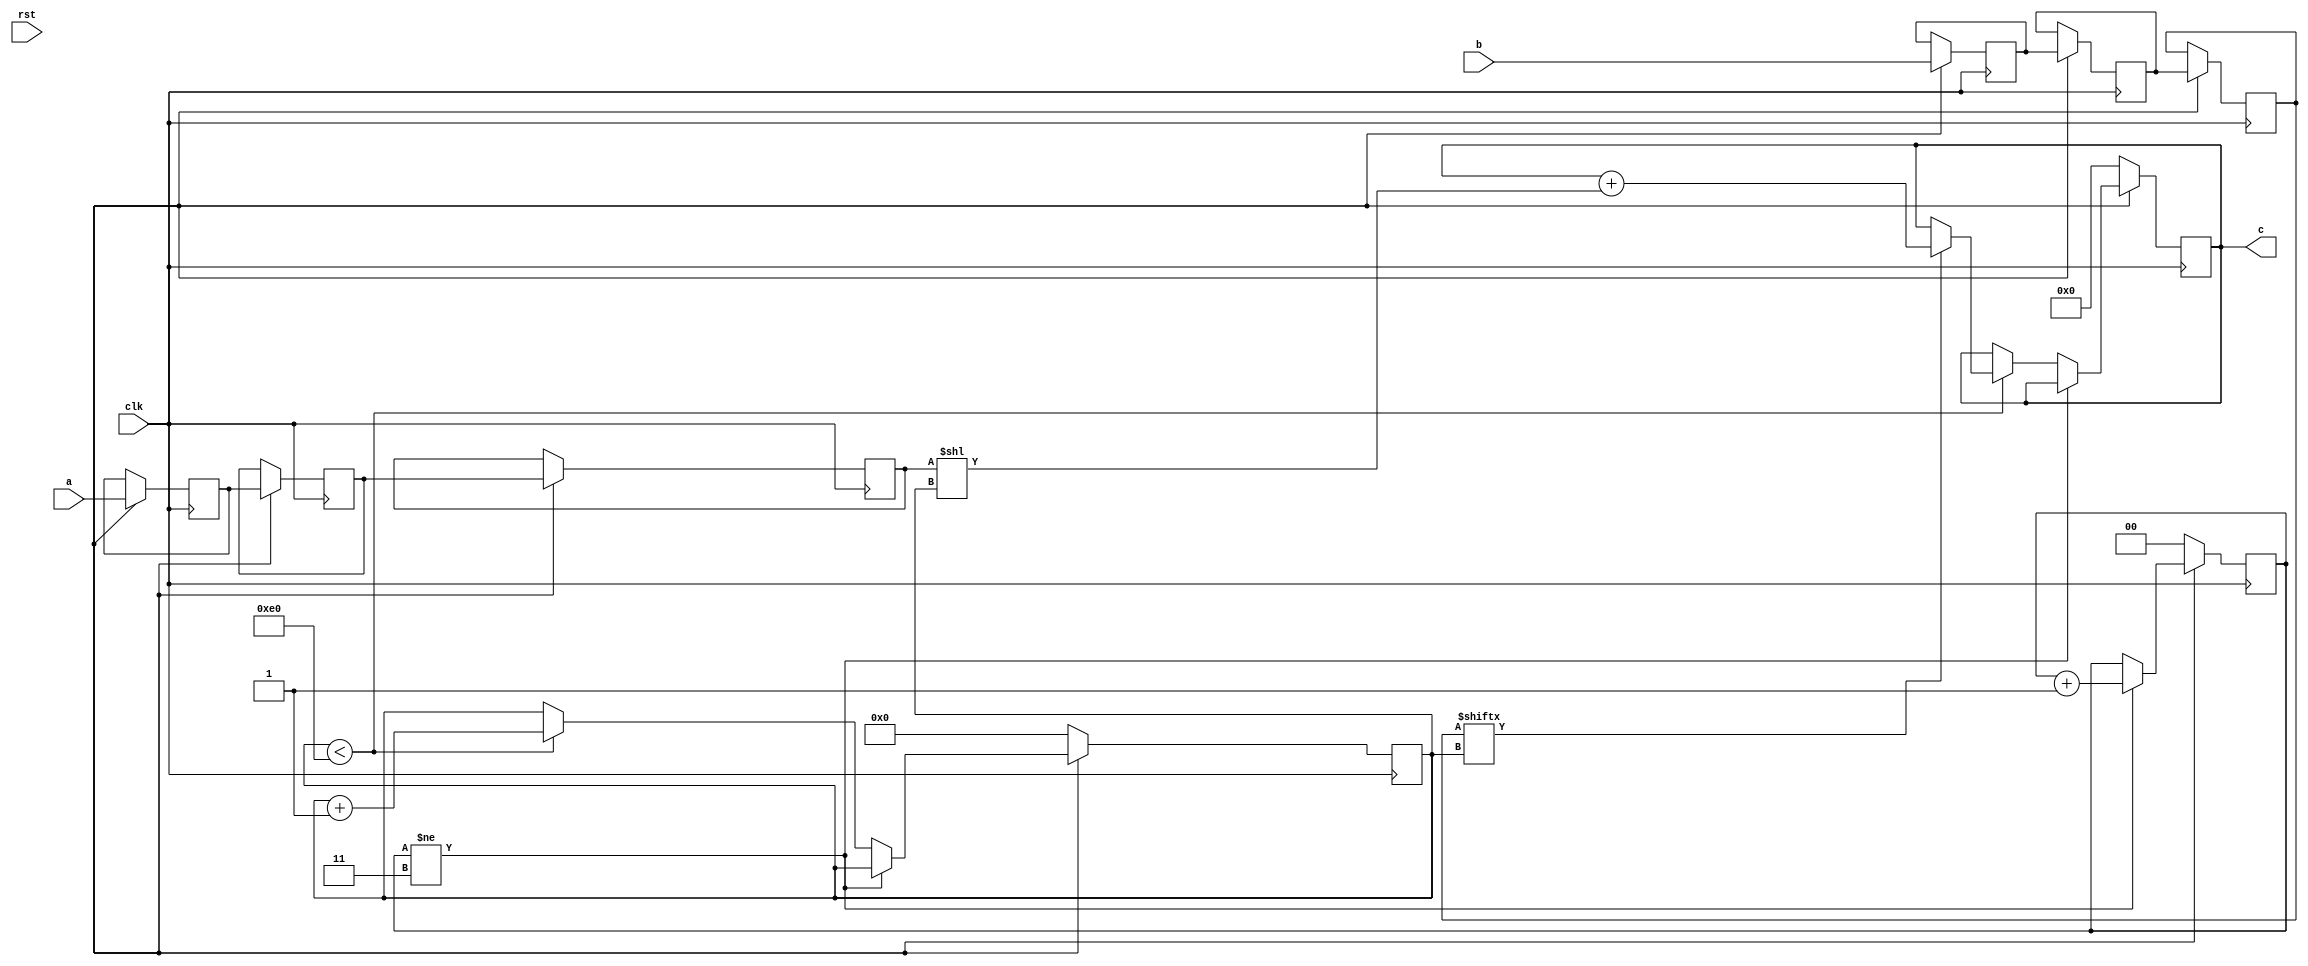
module schoolbook(clk, rst, a, b, c);
input clk;
input rst;
input [223:0] a;
input [223:0] b;
output reg [447:0] c;

reg [223:0] a_temp_3;
reg [223:0] b_temp_3;
reg [223:0] a_temp_2;
reg [223:0] b_temp_2;
reg [223:0] a_temp_1;
reg [223:0] b_temp_1;

reg  [7:0] count;
reg  [1:0] skip;

always @(posedge clk) begin
	if (rst_n == 1'b0) begin
		c <= 448'd0;
		count <= 8'd0;
		skip <= 2'd0;
	end
	else begin
		a_temp_1 <= a;
		b_temp_1 <= b;
		a_temp_2 <= a_temp_1;
		b_temp_2 <= b_temp_1;
		a_temp_3 <= a_temp_2;
		b_temp_3 <= b_temp_2;
		if (skip != 3) skip <= skip + 1;
		else begin
			if (count < 224) begin
				if (b_temp_3[count] == 1) begin
					c <= c + (a_temp_3 << count);
				end
				count <= count + 1;
			end
		end
	end
end
endmodule